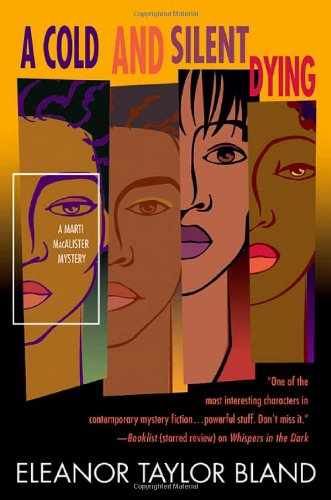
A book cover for A Cold and Silent Dying (Marti Macalister Mysteries); Eleanor Taylor Bland; Mystery, Thriller & Suspense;